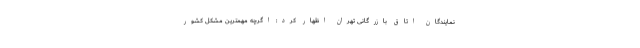
نمایندگان اتاق بازرگانی تهران اظهار کرد: اگرچه مهمترین مشکل کشور